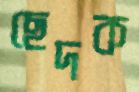
ছেদক